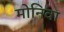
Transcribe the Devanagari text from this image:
मोनिवा